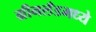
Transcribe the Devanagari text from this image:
ग्रीनलँडमध्ये